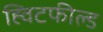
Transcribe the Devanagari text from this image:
ह्विटफील्ड